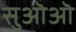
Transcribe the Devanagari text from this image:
सुऒऒ